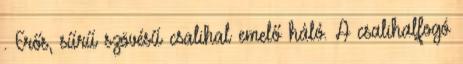
. Erős, sűrű szövésű csalihal emelő háló. A csalihalfogó